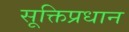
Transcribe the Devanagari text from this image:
सूक्तिप्रधान